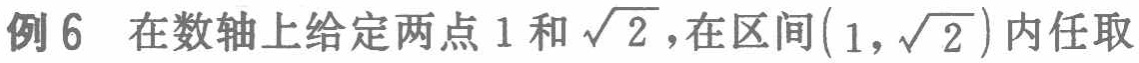
例6 在数轴上给定两点$1$和$\sqrt{2}$，在区间$(1,\sqrt{2})$内任取